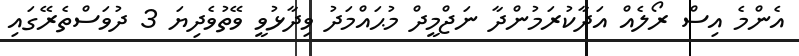
އެންމެ އިސް ރޯލެއް އަދާކުރަމުންދާ ނަޖްމީދް މުޙައްމަދު ވިދާޅުވީ ވޭތުވެދިޔަ 3 ދުވަސްތެރޭގައި